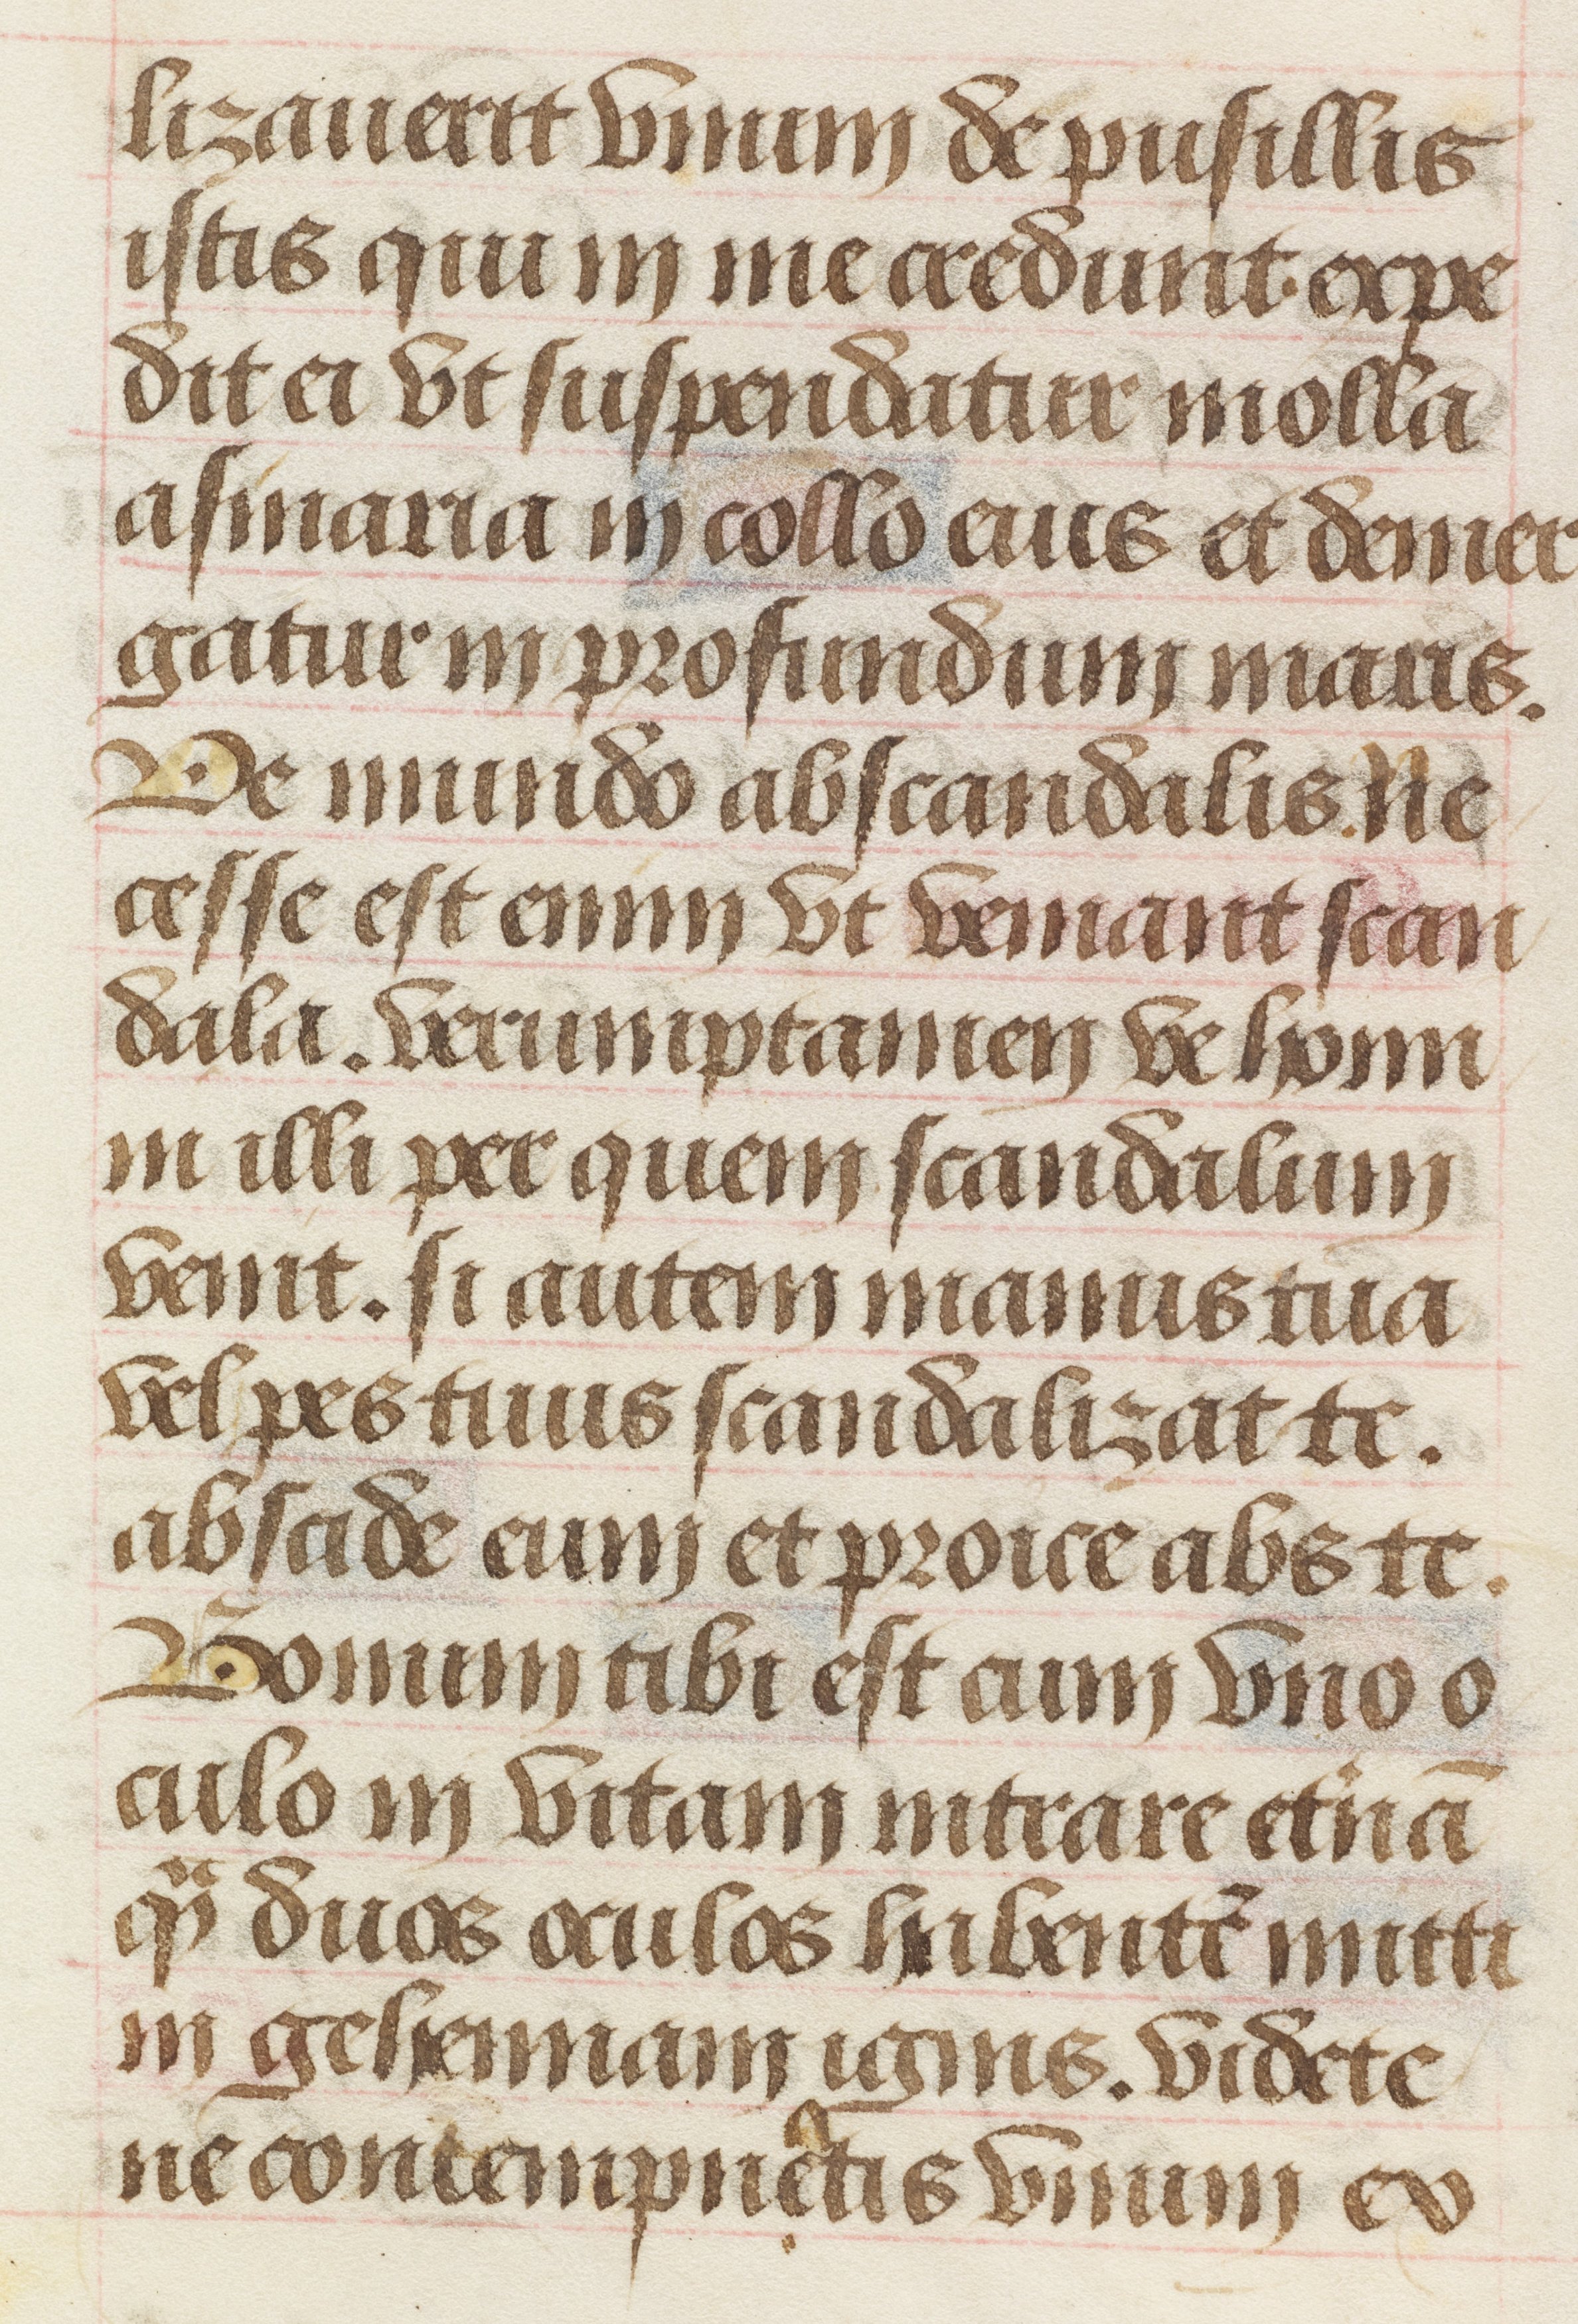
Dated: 1458–1460